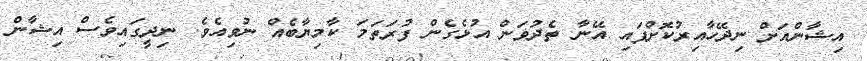
އިޝާންއަށް ނިދޭހާއިރުކޮށްފައި އޭނާ ތެދުވަން އުޅެގެން ފުރަތަމަ ކާމިޔާބެއް ނުވިއެވެ. ނިދީގައިވެސް އިޝާން